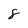
Character: 8